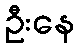
ဦးနေ